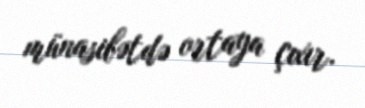
münasibətdə ortaya çıxır.